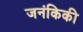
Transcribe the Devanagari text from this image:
जनंकिकी